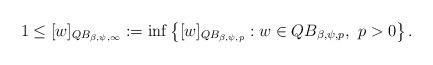
LaTeX: \begin{align*}1 \le [w]_{QB_{\beta,\psi,\infty}}:= \inf \left \{ [w]_{QB_{\beta,\psi,p}}: w\in QB_{\beta,\psi,p},~p>0 \right \}.\end{align*}